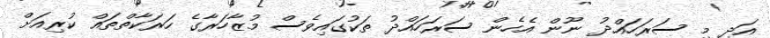
އަދި މި ސަރަހައްދު ނޫން އެހެން ސަރަހައްދު ތަކުގައިވެސް މުޒާހަރާގެ ހަރަކާތްތައް ކުރިއަށް